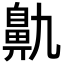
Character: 鼽